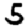
Digit: 5